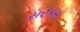
સરકસ